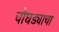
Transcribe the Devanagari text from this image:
चौघड्याचा